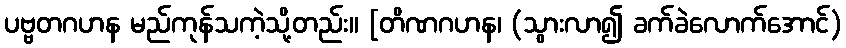
ပဗ္ဗတဂဟန မည်ကုန်သကဲ့သို့တည်း။ [တိဏဂဟန၊ (သွားလာ၍ ခက်ခဲလောက်အောင်)